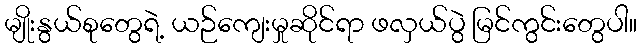
မျိုးနွယ်စုတွေရဲ့ ယဉ်ကျေးမှုဆိုင်ရာ ဖလှယ်ပွဲ မြင်ကွင်းတွေပါ။